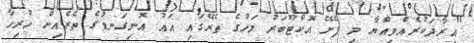
"އިރާދަކުރެއްވިއްޔާ މި ފެށޭ އޮކްޓޫބަރު މަހުގެ ތެރޭގައި އައު އޮނިގަނޑުގެ ތެރެއިން ހުރިހާ